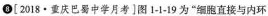
8[2018·重庆巴蜀中学月考]图1-1-19为”细胞直接与内环